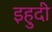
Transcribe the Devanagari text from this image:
इहुदी